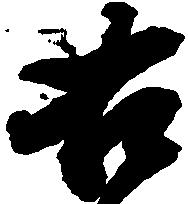
右